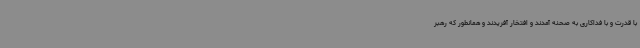
با قدرت و با فداکاری به صحنه آمدند و افتخار آفریدند و همانطور که رهبر